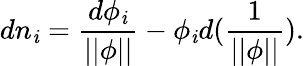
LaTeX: dn_{\mathit{i}}=\frac{{d\phi_{\mathit{i}}}}{{||\phi||}}-\phi_{\mathit{i}}d({\frac{1}{{||\phi||}}}).